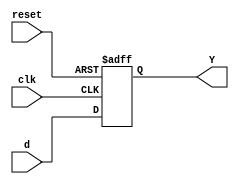
module flopd1(input wire clk, reset, input wire [3:0]d, output reg [3:0]Y);
  //reset asincrono
  always @(posedge clk, posedge reset) begin
    if (reset) Y <= 4'b0;
    else Y <= d;
  end
endmodule

module flopd2(input wire clk, reset,input wire [3:0]d, output reg [3:0]Y) ;
  //reset sncrono
  always @(posedge clk) begin
    if (reset)  Y <= 4'b0;
    else  Y <= d;
  end
endmodule